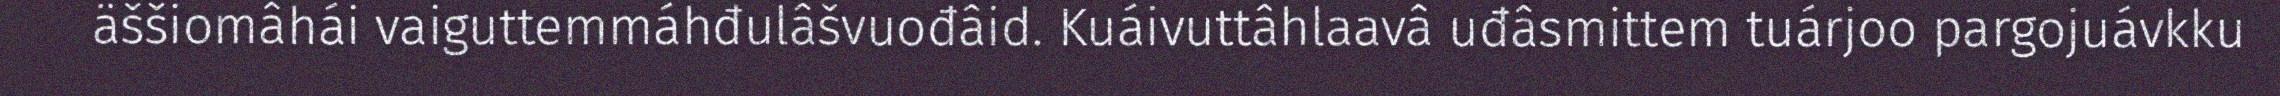
äššiomâhái vaiguttemmáhđulâšvuođâid. Kuáivuttâhlaavâ uđâsmittem tuárjoo pargojuávkku